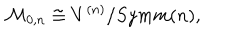
LaTeX: { \cal M } _ { 0 , n } \cong V ^ { ( n ) } / { S y m m } ( n ) ,